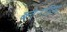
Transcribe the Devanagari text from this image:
ब्लेनहिम